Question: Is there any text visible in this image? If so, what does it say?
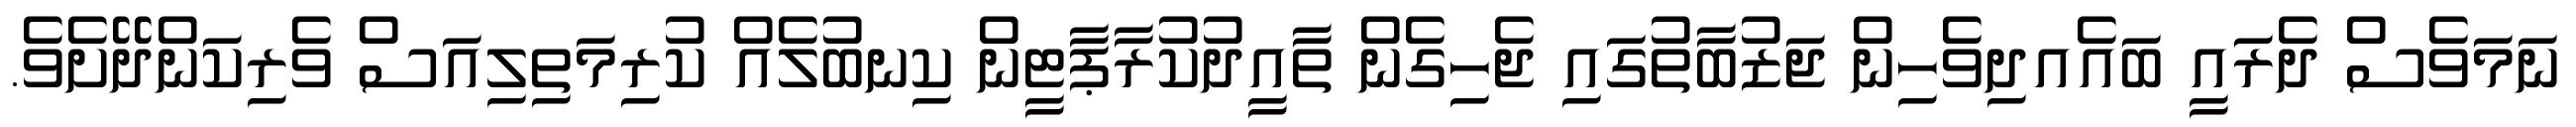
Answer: ނަމަވެސް ދެރައީ ބައެއދިވެހިން ޖަޒުބާތުގައި ޖެހިގެން ތާއީދުކުރާޕާޓީން ކިނބުލެއް ކުރިމަތިލިއަސް ވެރިކަންދޭށެވެ.